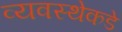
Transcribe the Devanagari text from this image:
व्यवस्थेकडे